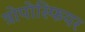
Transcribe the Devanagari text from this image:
त्रोपोस्फियर